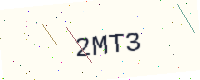
Text: 2MT3